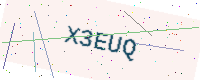
Text: X3EUQ